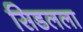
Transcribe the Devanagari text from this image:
सिडलला